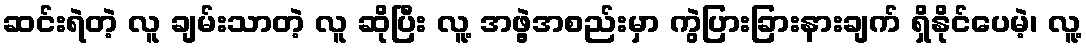
ဆင်းရဲတဲ့ လူ ချမ်းသာတဲ့ လူ ဆိုပြီး လူ့ အဖွဲ့အစည်းမှာ ကွဲပြားခြားနားချက် ရှိနိုင်ပေမဲ့၊ လူ့